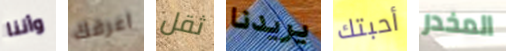
وأننا اعرفك ثقل يريدنا أحبتك المخدر